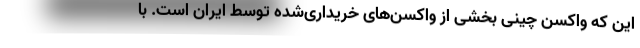
این که واکسن چینی بخشی از واکسن‌های خریداری‌شده توسط ایران است. با